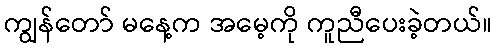
ကျွန်တော် မနေ့က အမေ့ကို ကူညီပေးခဲ့တယ်။